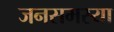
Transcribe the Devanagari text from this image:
जनसमस्या